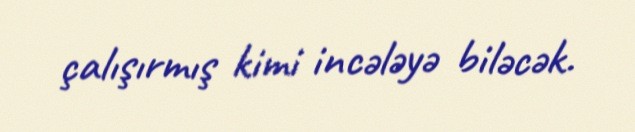
çalışırmış kimi incələyə biləcək.